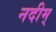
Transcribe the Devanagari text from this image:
नदीम्